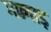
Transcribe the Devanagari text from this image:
गन्गाड़